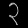
Digit: ၃